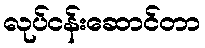
လုပ်ငန်းဆောင်တာ